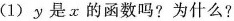
(1)y是x的函数吗？为什么？